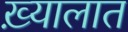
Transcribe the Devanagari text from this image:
ख़्यालात